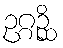
ဥဂ္ဂဉ္ဆိ